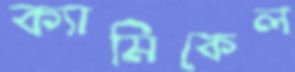
ক্যামিকেল